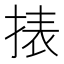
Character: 㧼